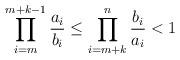
LaTeX: \begin{align*}\prod_{i=m}^{m+k-1} \frac{a_i}{b_i} \leq \prod_{i=m+k}^{n} \frac{b_i}{a_i} < 1 \end{align*}